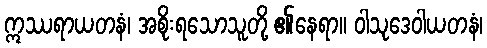
ဣဿရာယတနံ၊ အစိုးရသောသူတို့ ၏နေရာ။ ဝါသုဒေဝါယတနံ၊